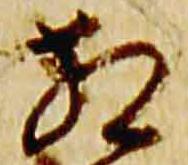
相